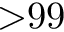
{ \tt > } 9 9 \